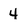
Character: 4